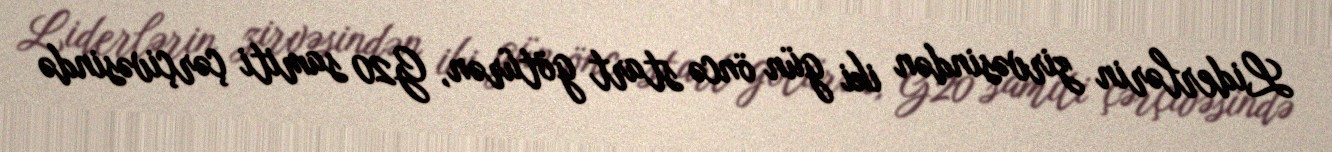
Liderlərin zirvəsindən iki gün öncə start götürən, G20 samiti çərçivəsində